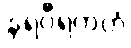
နရဝီရကတံ